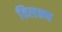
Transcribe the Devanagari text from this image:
विलक्ष्ण